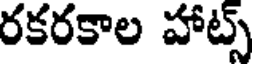
రకరకాల హాట్స్